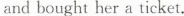
and bought her a ticket.